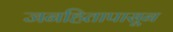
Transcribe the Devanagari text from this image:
जनहितापासून